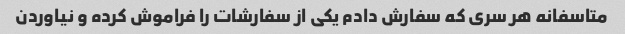
متاسفانه هر سری که سفارش دادم یکی از سفارشات را فراموش کرده و نیاوردن